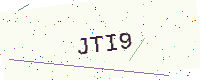
Text: JTI9